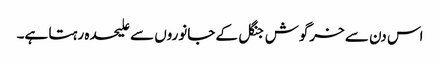
اس دن سے خرگوش جنگل کے جانوروں سے علیحدہ رہتا ہے۔